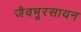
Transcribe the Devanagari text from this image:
जैवभूरसायन